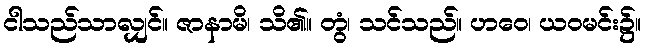
ငါသည်သာလျှင်။ ဇာနာမိ၊ သိ၏။ တွံ၊ သင်သည်။ ဟဝေ၊ ယဝမင်း၌။